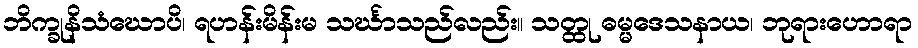
ဘိက္ခုနိသံဃောပိ၊ ရဟန်းမိန်းမ သင်္ဃာသည်လည်း။ သတ္ထု ဓမ္မဒေသနာယ၊ ဘုရားဟောရာ